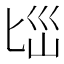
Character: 𱑄